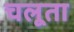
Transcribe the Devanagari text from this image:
चलूता